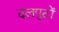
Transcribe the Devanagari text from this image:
दलपुटों